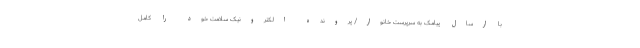
با ارسال پیامک به سرپرست خانوار/ پرونده الکترونیک سلامت خود را کامل